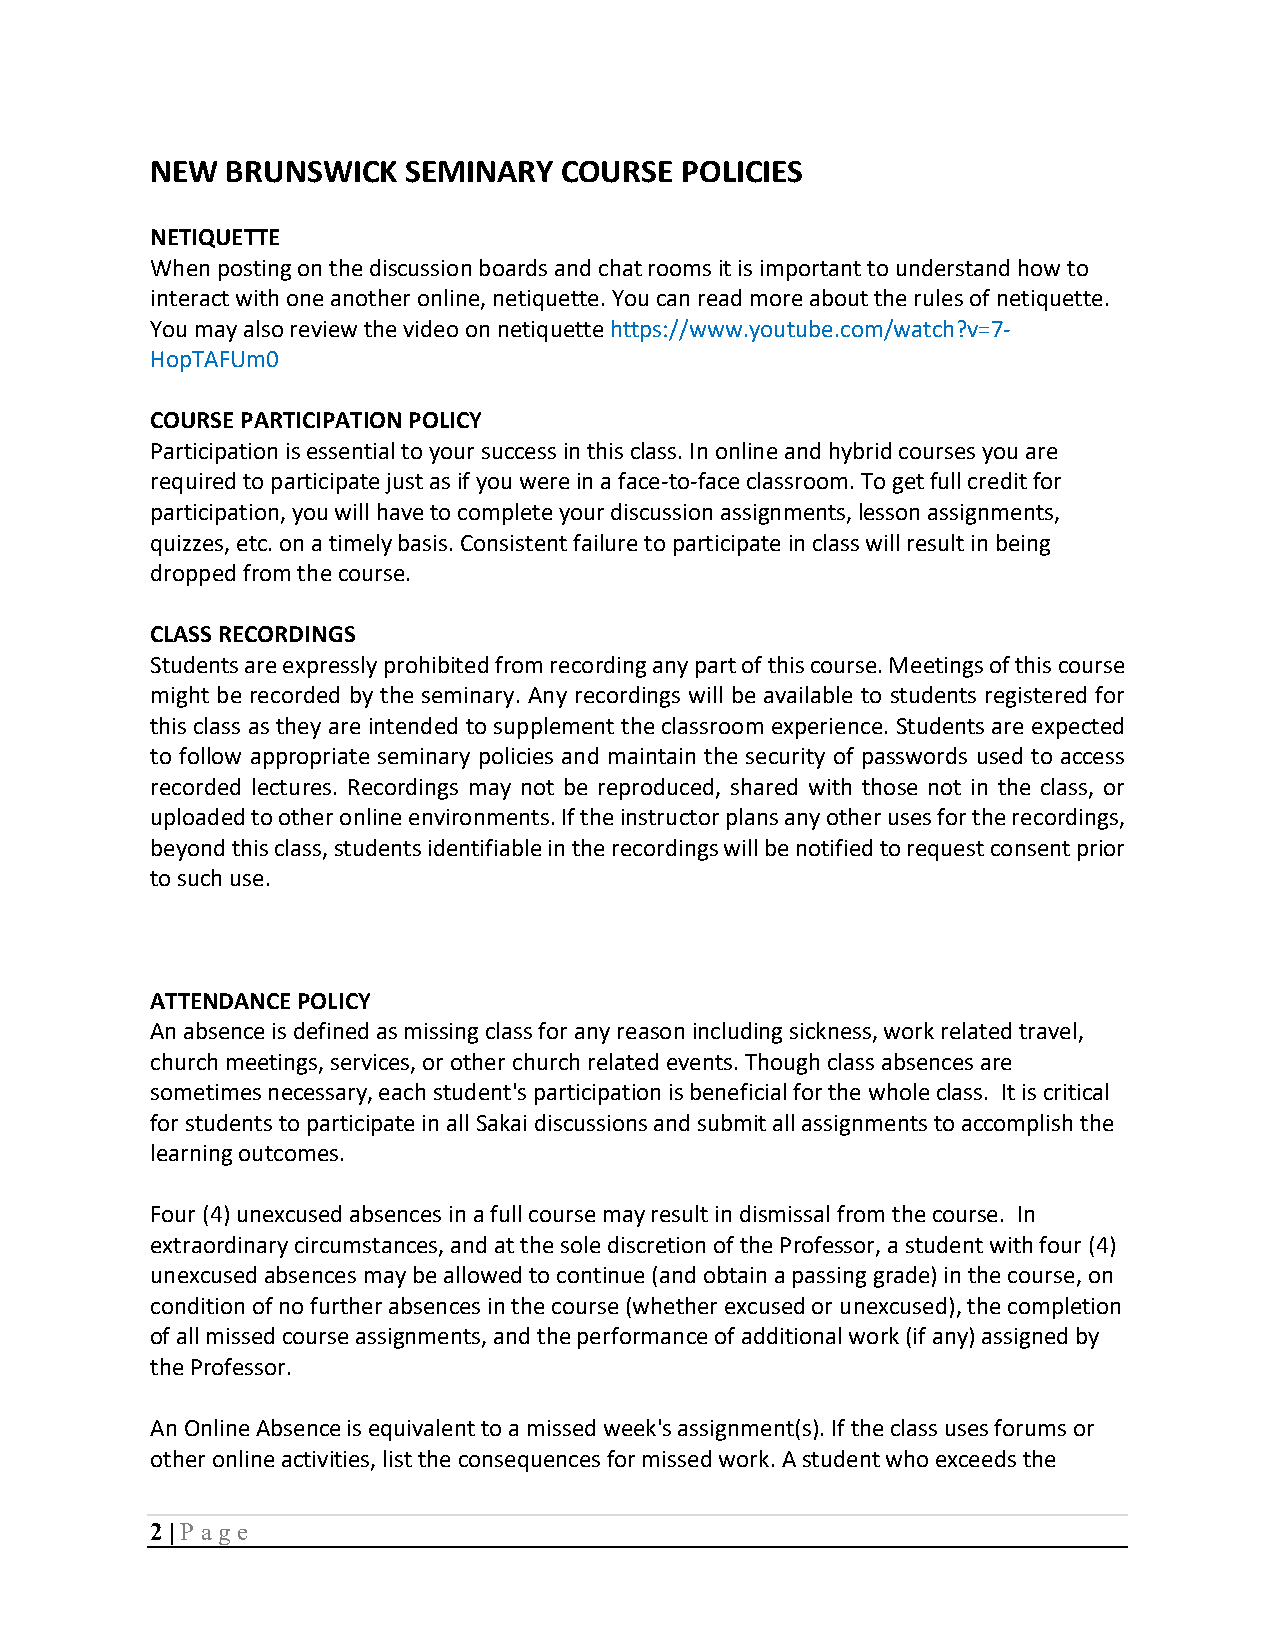
NEW  BRUNSWICK   SEMINARY  COURSE  POLICIES
 NETIQUETTE
 When posting on the discussion boards and chat rooms it is important to understand how to
 interact with one another online, netiquette. You can read more about the rules of netiquette.
 You may also review the video on netiquette https://www.youtube.com/watch?v=7-
 HopTAFUm0
 COURSE PARTICIPATION POLICY
 Participation is essential to your success in this class. In online and hybrid courses you are
 required to participate just as if you were in a face-to-face classroom. To get full credit for
 participation, you will have to complete your discussion assignments, lesson assignments,
 quizzes, etc. on a timely basis. Consistent failure to participate in class will result in being
 dropped from the course.
 CLASS RECORDINGS
 Students are expressly prohibited from recording any part of this course. Meetings of this course
 might be recorded by the seminary. Any recordings will be available to students registered for
 this class as they are intended to supplement the classroom experience. Students are expected
 to follow appropriate seminary policies and maintain the security of passwords used to access
 recorded lectures. Recordings may not be reproduced, shared with those not in the class, or
 uploaded to other online environments. If the instructor plans any other uses for the recordings,
 beyond this class, students identifiable in the recordings will be notified to request consent prior
 to such use.
 ATTENDANCE POLICY
 An absence is defined as missing class for any reason including sickness, work related travel,
 church meetings, services, or other church related events. Though class absences are
 sometimes necessary, each student's participation is beneficial for the whole class. It is critical
 for students to participate in all Sakai discussions and submit all assignments to accomplish the
 learning outcomes.
 Four (4) unexcused absences in a full course may result in dismissal from the course. In
 extraordinary circumstances, and at the sole discretion of the Professor, a student with four (4)
 unexcused absences may be allowed to continue (and obtain a passing grade) in the course, on
 condition of no further absences in the course (whether excused or unexcused), the completion
 of all missed course assignments, and the performance of additional work (if any) assigned by
 the Professor.
 An Online Absence is equivalent to a missed week's assignment(s). If the class uses forums or
 other online activities, list the consequences for missed work. A student who exceeds the
 2 | P age